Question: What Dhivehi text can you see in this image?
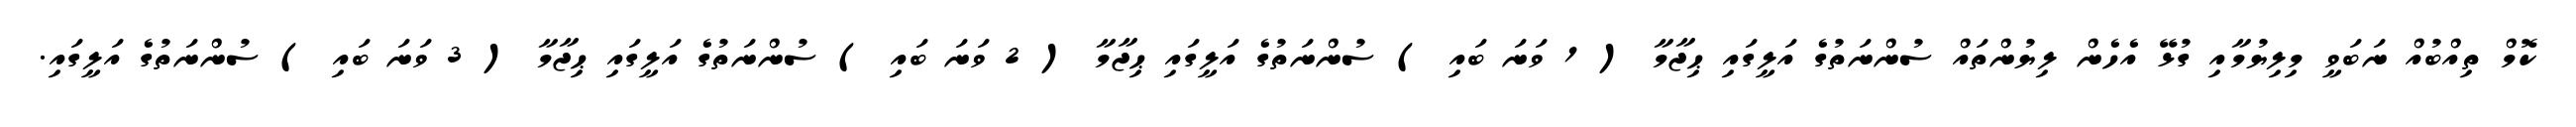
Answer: ކޮމް ތިއްބުއް ނަބަވީ މިލިޔުމާއި ގުޅޭ އެހެން ލިޔުންތައް ސުންނަތުގެ އަލީގައި ޙިޖާމާ ( 1 ވަނަ ބައި ) ސުންނަތުގެ އަލީގައި ޙިޖާމާ ( 2 ވަނަ ބައި ) ސުންނަތުގެ އަލީގައި ޙިޖާމާ ( 3 ވަނަ ބައި ) ސުންނަތުގެ އަލީގައި.